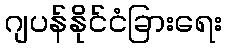
ဂျပန်နိုင်ငံခြားရေး